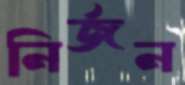
নির্জন